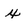
Character: x